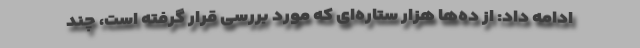
ادامه داد: از ده‌ها هزار ستاره‌ای که مورد بررسی قرار گرفته است، چند